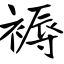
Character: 褥